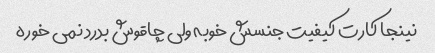
نینجا کارت کیفیت جنسش خوبه ولی چاقوش بدرد نمی خوره